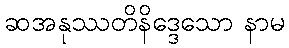
ဆအနုဿတိနိဒ္ဒေသော နာမ